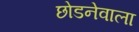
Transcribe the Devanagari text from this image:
छोडनेवाला